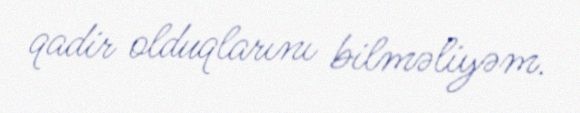
qadir olduqlarını bilməliyəm.